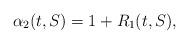
LaTeX: \begin{align*}\alpha_2(t,S) = 1 + R_1(t,S),\end{align*}